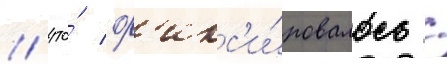
/ что́ ф'икс'и́ровалось /